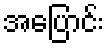
အပြောင်း